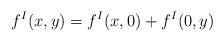
LaTeX: \begin{align*}f^I(x, y) = f^I(x, 0) + f^I(0, y)\end{align*}